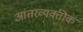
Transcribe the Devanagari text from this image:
आंतरव्यक्तीक